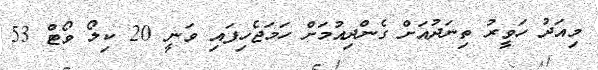
މިއަދު ހަވީރު ތިނަދުއަށް ގެންދިއުމަށް ހަމަޖެހިފައި ވަނީ 20 ކިލޯ ވޯޓް 53